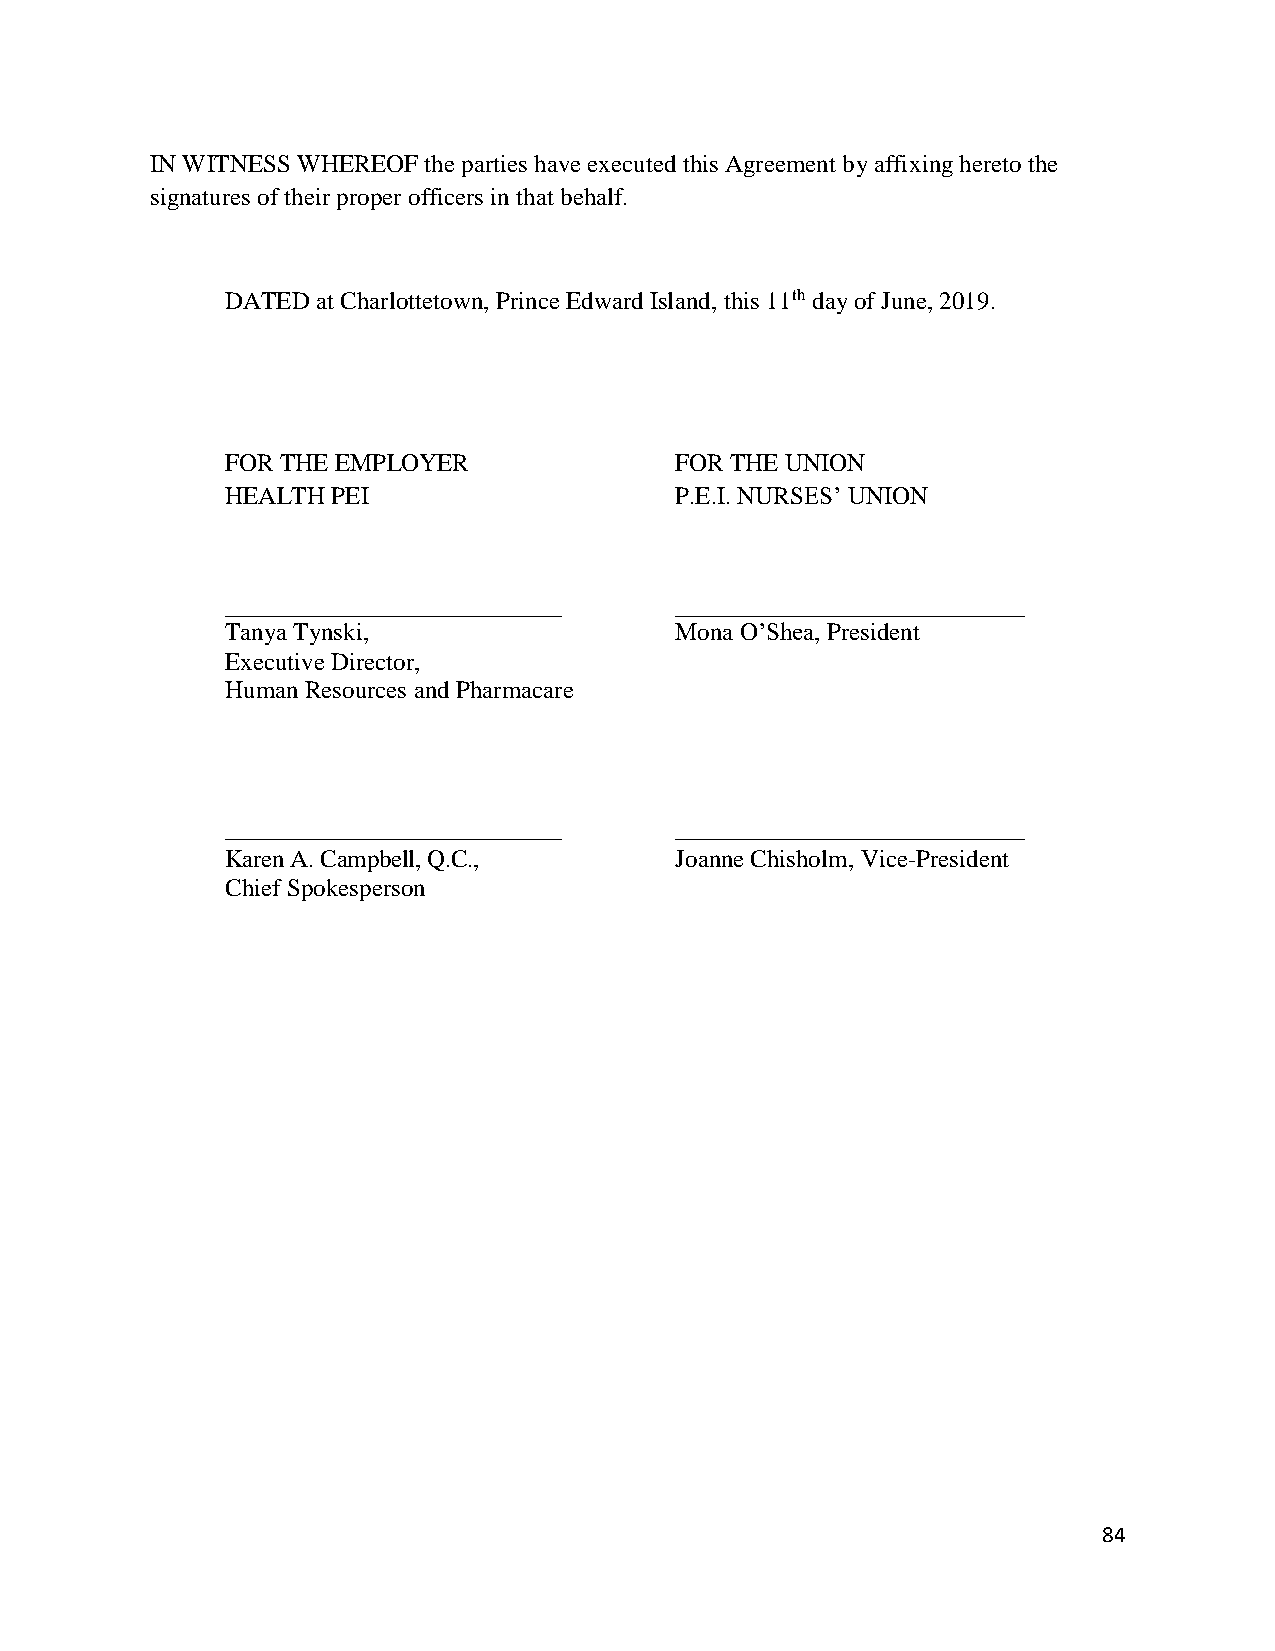
IN WITNESS WHEREOF the parties have executed this Agreement by affixing hereto the
 signatures of their proper officers in that behalf.
 DATED at Charlottetown, Prince Edward Island, this 11th day of June, 2019.
 FOR THE EMPLOYER              FOR THE UNION
 HEALTH PEI                    P.E.I. NURSES’ UNION
 Tanya Tynski,                 Mona O’Shea, President
 Executive Director,
 Human Resources and Pharmacare
 Karen A. Campbell, Q.C.,      Joanne Chisholm, Vice-President
 Chief Spokesperson
 84